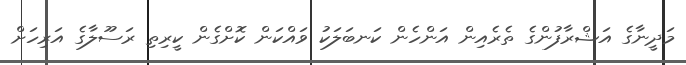
މަދީނާގެ އަޝްރާފުންގެ ތެރެއިން އަންހެން ކަނބަލަކު ވައްކަން ކޮށްގެން ކީރިތި ރަސޫލާގެ އަރިހަށް